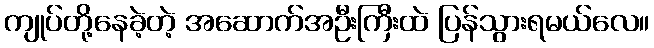
ကျုပ်တို့နေခဲ့တဲ့ အဆောက်အဦးကြီးထဲ ပြန်သွားရမယ်လေ။